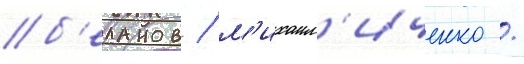
б'еланов / м'ихаил'иченко /